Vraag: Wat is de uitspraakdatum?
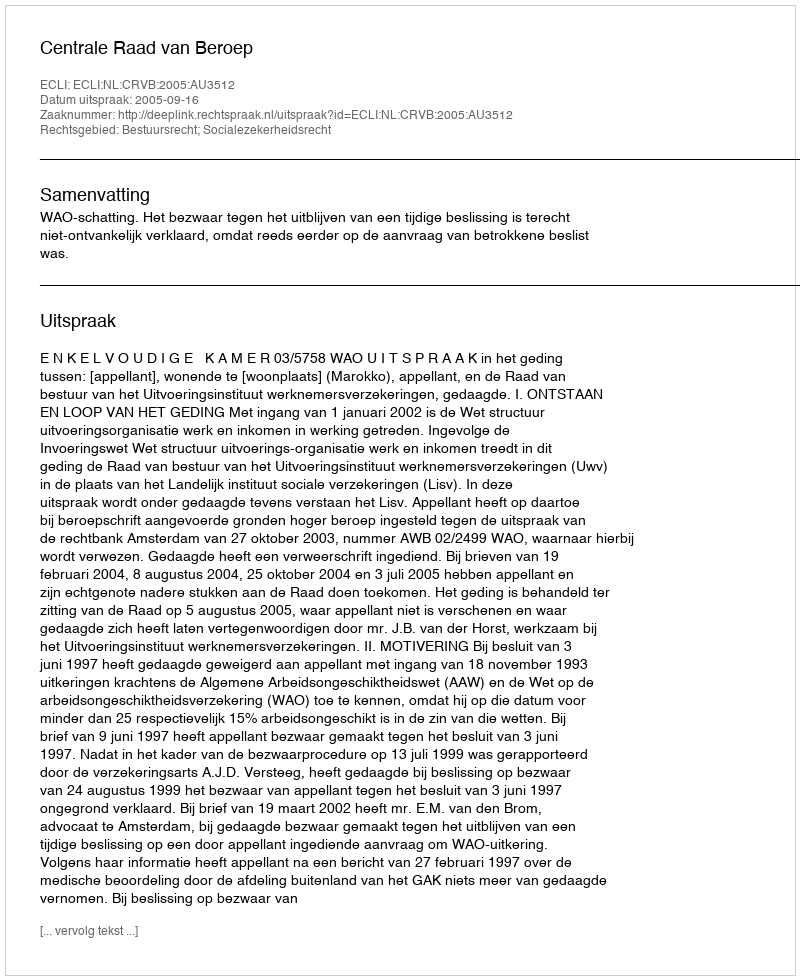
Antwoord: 2005-09-16